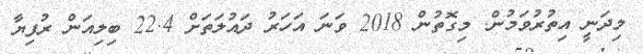
މިދަނީ އިތުރުވަމުން. މިގޮތުން 2018 ވަނަ އަހަރު ދައުލަތަށް 22.4 ބިލިއަން ރުފިޔާ